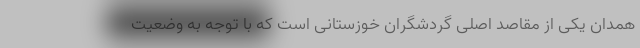
همدان یکی از مقاصد اصلی گردشگران خوزستانی است که با توجه به وضعیت